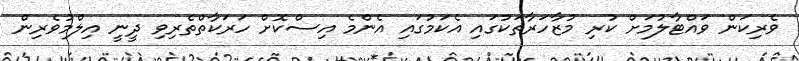
ވެރިކަން ވައްޓާލުމަށް ކުރި މުޒާހަރާތަކުގައި އެކަމުގައި އެންމެ އިސްކޮށް ހަރަކާތްތެރިވި ދީނީ އިލްމުވެރިން